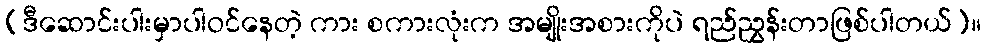
(ဒီဆောင်းပါးမှာပါဝင်နေတဲ့ ကား စကားလုံးက အမျိုးအစားကိုပဲ ရည်ညွှန်းတာဖြစ်ပါတယ်)။